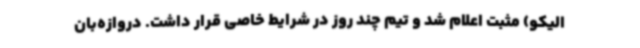
الیکو) مثبت اعلام شد و تیم چند روز در شرایط خاصی قرار داشت. دروازه‌بان